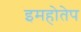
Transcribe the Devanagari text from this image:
इमहोतेप